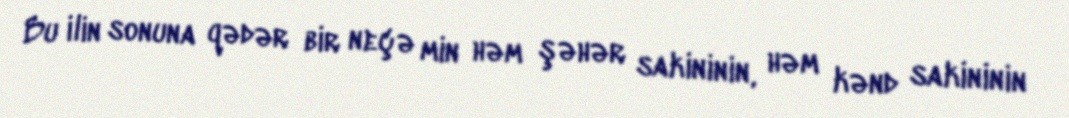
Bu ilin sonuna qədər bir neçə min həm şəhər sakininin, həm kənd sakininin